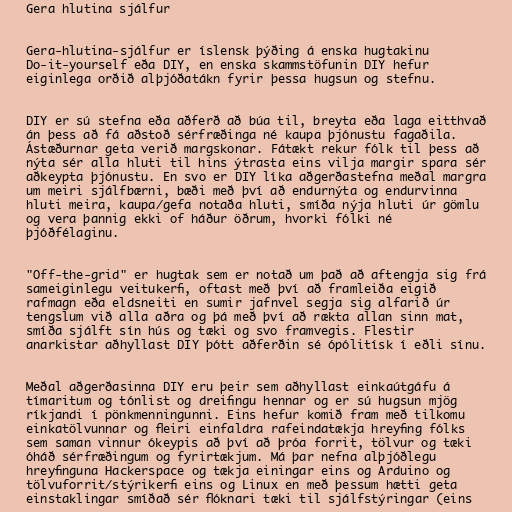
Gera hlutina sjálfur

Gera-hlutina-sjálfur er íslensk þýðing á enska hugtakinu
Do-it-yourself eða DIY, en enska skammstöfunin DIY hefur
eiginlega orðið alþjóðatákn fyrir þessa hugsun og stefnu.

DIY er sú stefna eða aðferð að búa til, breyta eða laga eitthvað
án þess að fá aðstoð sérfræðinga né kaupa þjónustu fagaðila.
Ástæðurnar geta verið margskonar. Fátækt rekur fólk til þess að
nýta sér alla hluti til hins ýtrasta eins vilja margir spara sér
aðkeypta þjónustu. En svo er DIY líka aðgerðastefna meðal margra
um meiri sjálfbærni, bæði með því að endurnýta og endurvinna
hluti meira, kaupa/gefa notaða hluti, smíða nýja hluti úr gömlu
og vera þannig ekki of háður öðrum, hvorki fólki né
þjóðfélaginu.

"Off-the-grid" er hugtak sem er notað um það að aftengja sig frá
sameiginlegu veitukerfi, oftast með því að framleiða eigið
rafmagn eða eldsneiti en sumir jafnvel segja sig alfarið úr
tengslum við alla aðra og þá með því að rækta allan sinn mat,
smíða sjálft sín hús og tæki og svo framvegis. Flestir
anarkistar aðhyllast DIY þótt aðferðin sé ópólitísk í eðli sínu.

Meðal aðgerðasinna DIY eru þeir sem aðhyllast einkaútgáfu á
tímaritum og tónlist og dreifingu hennar og er sú hugsun mjög
ríkjandi í pönkmenningunni. Eins hefur komið fram með tilkomu
einkatölvunnar og fleiri einfaldra rafeindatækja hreyfing fólks
sem saman vinnur ókeypis að því að þróa forrit, tölvur og tæki
óháð sérfræðingum og fyrirtækjum. Má þar nefna alþjóðlegu
hreyfinguna Hackerspace og tækja einingar eins og Arduino og
tölvuforrit/stýrikerfi eins og Linux en með þessum hætti geta
einstaklingar smíðað sér flóknari tæki til sjálfstýringar (eins